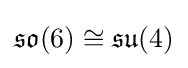
{\mathfrak {so}}(6)\cong {\mathfrak {su}}(4)